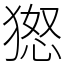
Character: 𱮐